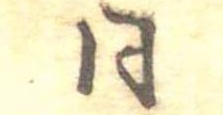
同